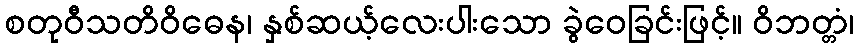
စတုဝီသတိဝိဓေန၊ နှစ်ဆယ့်လေးပါးသော ခွဲဝေခြင်းဖြင့်။ ဝိဘတ္တံ၊